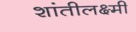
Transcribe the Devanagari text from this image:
शांतीलक्ष्मी